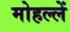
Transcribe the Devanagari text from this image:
मोहल्लें